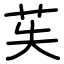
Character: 苵